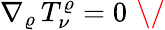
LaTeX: \nabla_{\varrho}\, T_{\nu}^{\varrho}=0\, \, \/